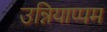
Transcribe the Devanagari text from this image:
उन्नियाप्पम